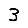
Digit: 3